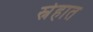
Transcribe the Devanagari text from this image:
स्नेहात